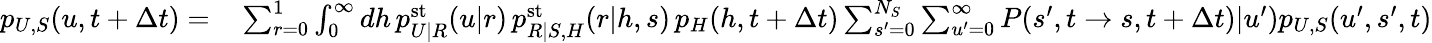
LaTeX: \begin{array}{rl}{p_{U,S}(u,t+\Delta t)=}&{{}\sum_{r=0}^{1}\int_{0}^{\infty}dh\, p_{U|R}^{\mathrm{st}}(u|r)\, p_{R|S,H}^{\mathrm{st}}(r|h,s)\, p_{H}(h,t+\Delta t)\sum_{s^{\prime}=0}^{N_{S}}\sum_{u^{\prime}=0}^{\infty}P(s^{\prime},t\to s,t+\Delta t)|u^{\prime})p_{U,S}(u^{\prime},s^{\prime},t)}\end{array}